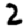
Digit: 2